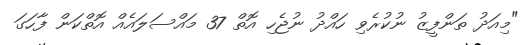
"މިއަދު ތަންފީޒު ނުކުރެވި ހައްދު ނުޖެހި އޮތް 37 މައްސަލައެއް އޮތްކަން ފާހަގަ